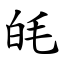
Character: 㿞